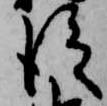
従